Statistical return of the lunatic asylum in Assam - 1912-1932
Year: 1912
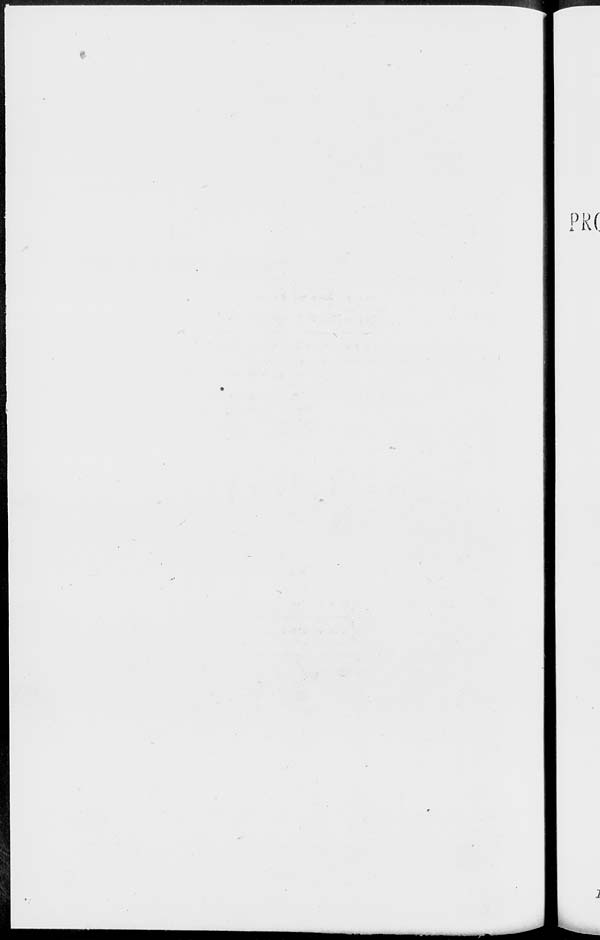
FK(